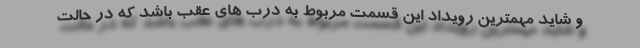
و شاید مهمترین رویداد این قسمت مربوط به درب های عقب باشد که در حالت